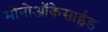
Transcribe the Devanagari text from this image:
मोनोऑकेसाईड